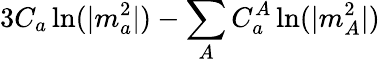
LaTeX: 3C_{a}\ln(|m_{a}^{2}|)-\sum_{A}C_{a}^{A}\ln(|m_{A}^{2}|)